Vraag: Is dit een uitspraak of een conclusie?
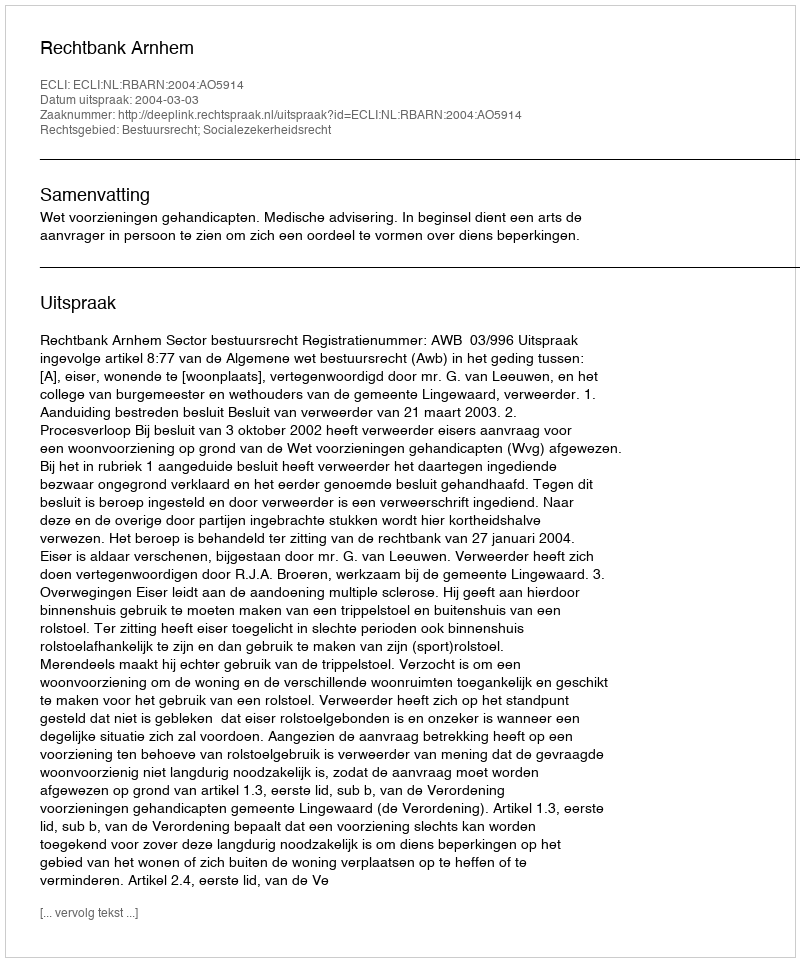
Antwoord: Uitspraak